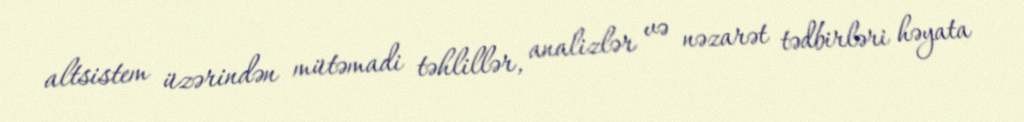
altsistem üzərindən mütəmadi təhlillər, analizlər və nəzarət tədbirləri həyata